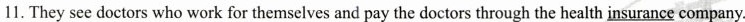
11. They see doctors who work for themselves and pay the doctors through the health \underline{insurance} company. ___